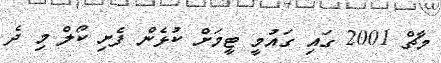
މާޗް 2001 ގައި ގައުމީ ޓީމަށް ކުޅެން ފެށި ކޯލް މި ދެ